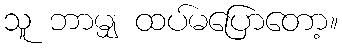
သူ ဘာမျှ ထပ်မပြောတော့။